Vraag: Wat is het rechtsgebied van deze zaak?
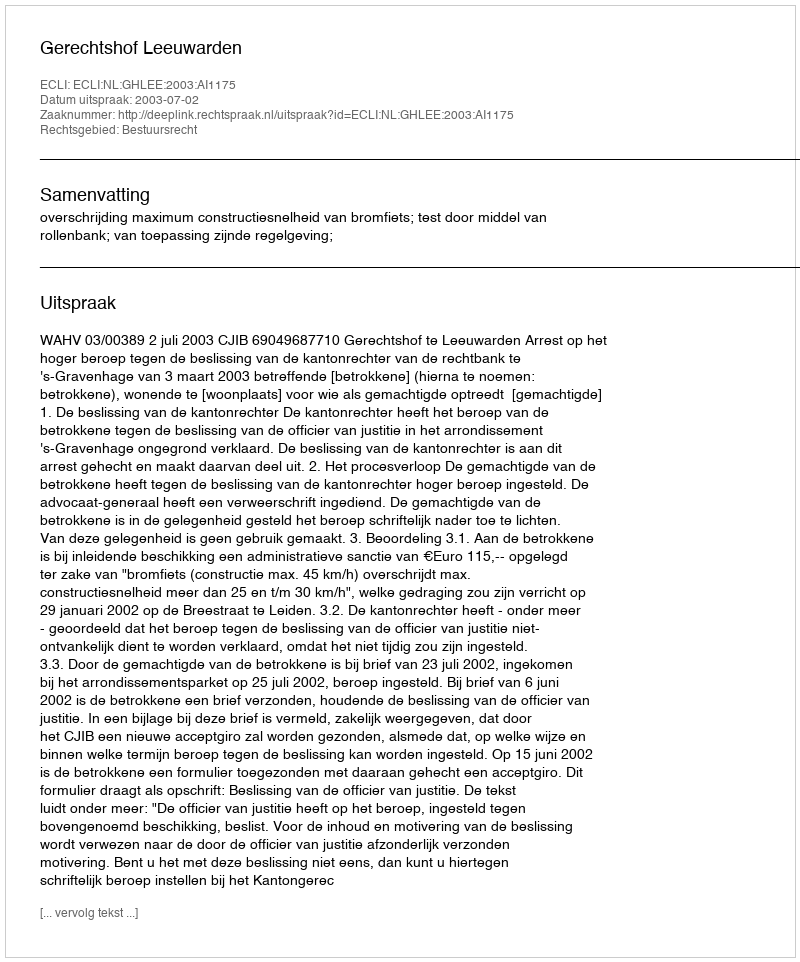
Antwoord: Bestuursrecht